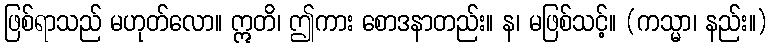
ဖြစ်ရာသည် မဟုတ်လော။ ဣတိ၊ ဤကား စောဒနာတည်း။ န၊ မဖြစ်သင့်။ (ကသ္မာ၊ နည်း။)